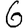
Digit: 6